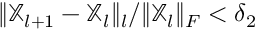
{ \lVert \mathbb { X } _ { l + 1 } - \mathbb { X } _ { l } \rVert _ { l } } / { \lVert \mathbb { X } _ { l } \rVert _ { F } } < \delta _ { 2 }